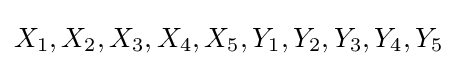
X_{1},X_{2},X_{3},X_{4},X_{5},Y_{1},Y_{2},Y_{3},Y_{4},Y_{5}